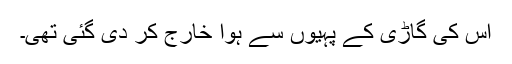
اس کی گاڑی کے پہیوں سے ہوا خارج کر دی گئی تھی۔